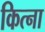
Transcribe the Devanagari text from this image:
कित्ना